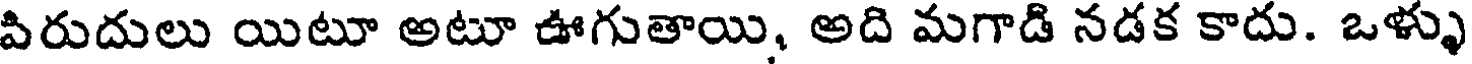
పిరుదులు యిటూ అటూ ఊగుతాయి, అది మగాడి నడక కాదు. ఒళ్ళు